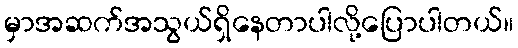
မှာအဆက်အသွယ်ရှိနေတာပါလို့ပြောပါတယ်။